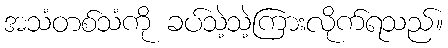
အသံတစ်သံကို ခပ်သဲ့သဲ့ကြားလိုက်ရသည်။